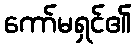
ကော်မရှင်၏